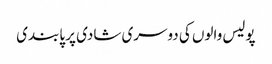
پولیس والوں کی دوسری شادی پر پابندی